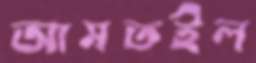
আমতইল